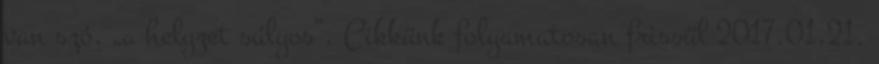
van szó, „a helyzet súlyos”. Cikkünk folyamatosan frissül 2017.01.21.